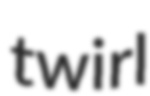
twirl